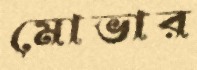
মোভার